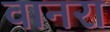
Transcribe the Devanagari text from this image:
वानरा